Indian journal of veterinary science and animal husbandry - Volumes 24-25, 1954-1955
Year: 1954
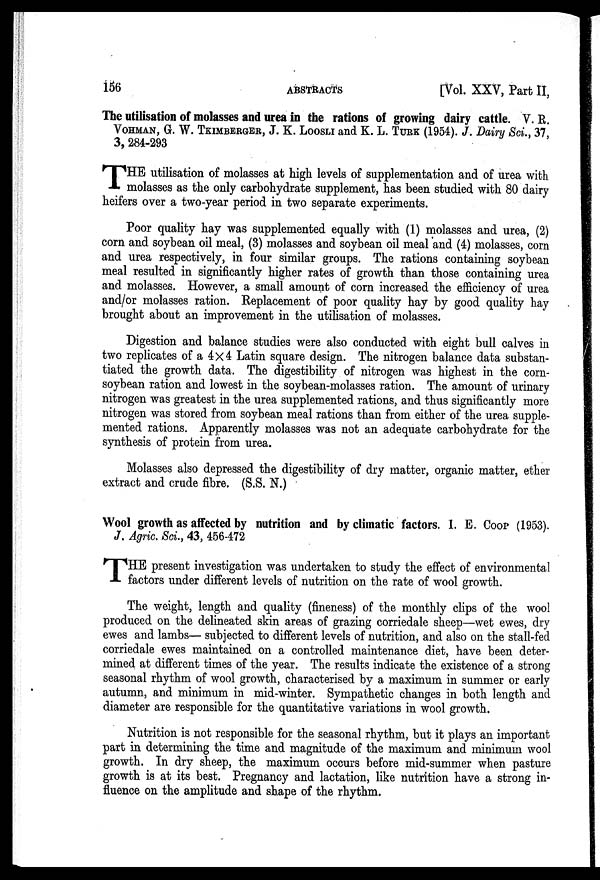
156
ABSTRACTS
[Vol. XXV, Part II,
The utilisation of molasses and urea in the rations of growing dairy cattle. V. R.
VOHMAN, G. W. TKIMBERGER, J. K.LOOSLI and K. L. TURK (1954). J. Dairy Sci., 37,
3, 284-293
T HE utilisation of molasses at high levels of supplementation and of urea with
molasses as the only carbohydrate supplement, has been studied with 80 dairy
heifers over a two-year period in two separate experiments.
Poor quality hay was supplemented equally with (1) molasses and urea, (2)
corn and soybean oil meal, (3) molasses and soybean oil meal and (4) molasses, corn
and urea respectively, in four similar groups. The rations containing soybean
meal resulted in significantly higher rates of growth than those containing urea
and molasses. However, a small amount of corn increased the efficiency of urea
and/or molasses ration. Replacement of poor quality hay by good quality hay
brought about an improvement in the utilisation of molasses.
Digestion and balance studies were also conducted with eight bull calves in
two replicates of a 4×4 Latin square design. The nitrogen balance data substan-
tiated the growth data. The digestibility of nitrogen was highest in the corn-
soybean ration and lowest in the soybean-molasses ration. The amount of urinary
nitrogen was greatest in the urea supplemented rations, and thus significantly more
nitrogen was stored from soybean meal rations than from either of the urea supple-
mented rations. Apparently molasses was not an adequate carbohydrate for the
synthesis of protein from urea.
Molasses also depressed the digestibility of dry matter, organic matter, ether
extract and crude fibre. (S.S. N.)
Wool growth as affected by nutrition and by climatic factors. I. E. Coop (1953).
J. Agric. Sci., 43, 456-472
T HE present investigation was undertaken to study the effect of environmental
factors under different levels of nutrition on the rate of wool growth.
The weight, length and quality (fineness) of the monthly clips of the wool
produced on the delineated skin areas of grazing corriedale sheep—wet ewes, dry
ewes and lambs— subjected to different levels of nutrition, and also on the stall-fed
corriedale ewes maintained on a controlled maintenance diet, have been deter-
mined at different times of the year. The results indicate the existence of a strong
seasonal rhythm of wool growth, characterised by a maximum in summer or early
autumn, and minimum in mid-winter. Sympathetic changes in both length and
diameter are responsible for the quantitative variations in wool growth.
Nutrition is not responsible for the seasonal rhythm, but it plays an important
part in determining the time and magnitude of the maximum and minimum wool
growth. In dry sheep, the maximum occurs before mid-summer when pasture
growth is at its best. Pregnancy and lactation, like nutrition have a strong in-
fluence on the amplitude and shape of the rhythm.